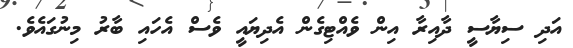
އަދި ސިޔާސީ ދާއިރާ އިން ވެއްޓިގެން އެދިޔައީ ވެސް އެހައި ބާރު މިނުގައެވެ.